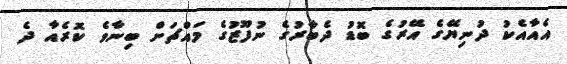
އެއާއެކު ދުނިޔޭގެ އޭރުގެ ބޮޑު ދެބާރުގެ ނުފޫޒުގެ މައްޗަށް ބިނާވެ ކޮރެއާ ދެ